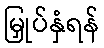
မြှုပ်နှံရန်